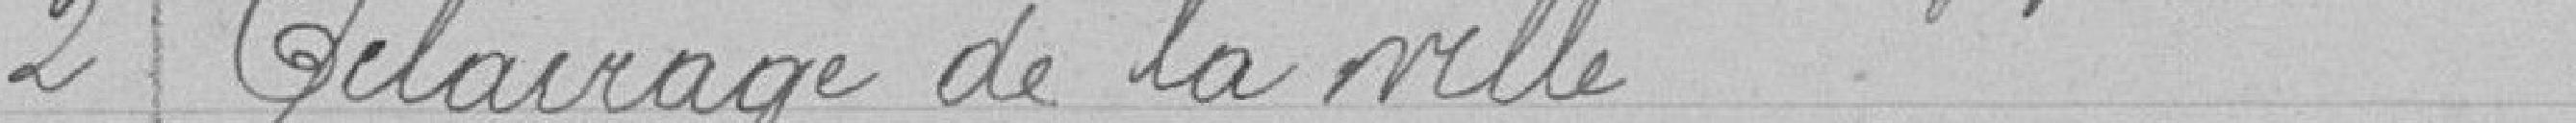
2 Eclairage de la ville